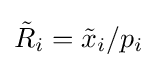
{\tilde {R}}_{i}={\tilde {x}}_{i}/p_{i}